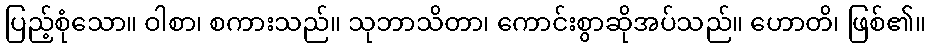
ပြည့်စုံသော။ ဝါစာ၊ စကားသည်။ သုဘာသိတာ၊ ကောင်းစွာဆိုအပ်သည်။ ဟောတိ၊ ဖြစ်၏။